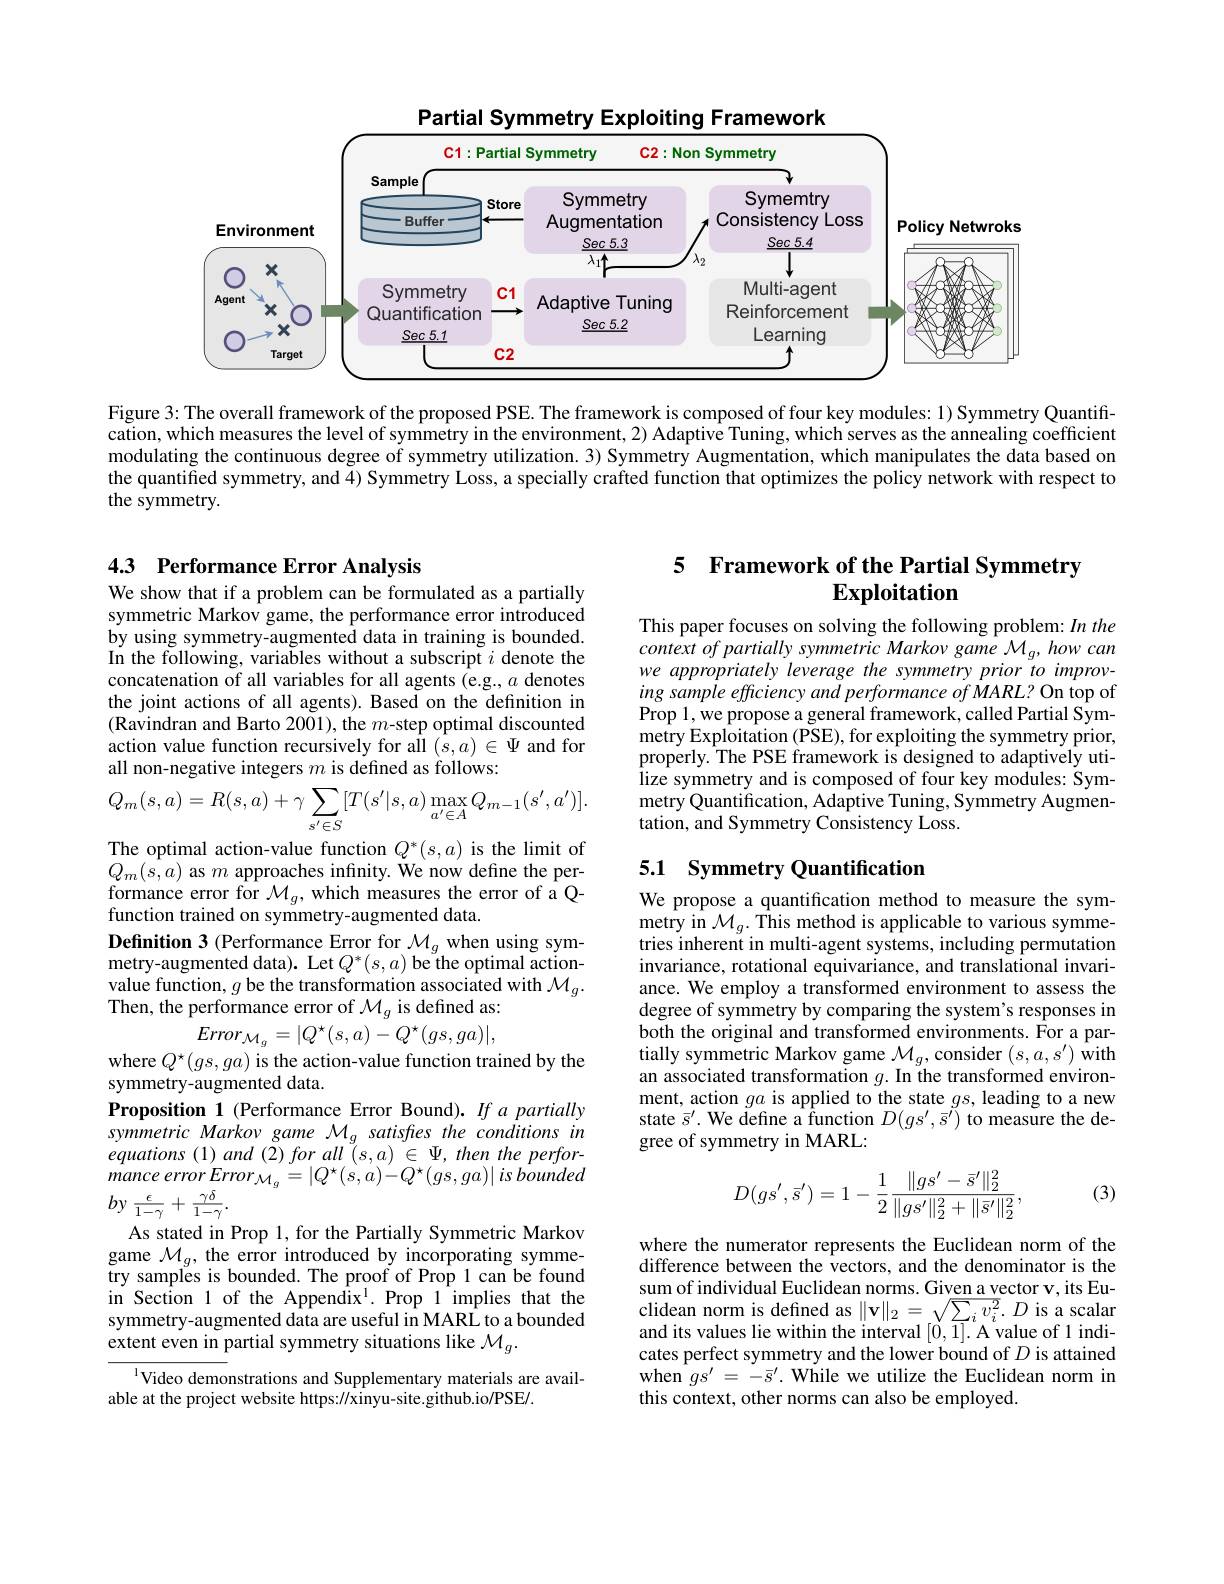
<FigureHere>

Figure 3: The overall framework of the proposed PSE. The framework is composed of four key modules: 1) Symmetry Quantification, which measures the level of symmetry in the environment, 2) Adaptive Tuning, which serves as the annealing coefficient modulating the continuous degree of symmetry utilization. 3) Symmetry Augmentation, which manipulates the data based on the quantified symmetry, and 4) Symmetry Loss, a specially crafted function that optimizes the policy network with respect to the symmetry.

### 4.3 Performance Error Analysis

# 5 Framework of the Partial Symmetry $\mathbf{Exploitation}$

We show that if a problem can be formulated as a partially symmetric Markov game, the p by using symmetry-augmented data in training is bounded. In the following, variables concatenation of all variables for all agents (e.g., $a$ denotes the joint actions of all age (Ravindran and Barto 2001 action value function recursively for all $(s,a)\in\Psi$ and for all non-negative integers $m$

This paper focuses on solving the following problem: In the context of partially symmetric Markov game $\mathcal{M}_g,how$ can we appropriately leverage the symmetry prior to improving sample efficiency and performance of MARL? On top of Prop 1, we propose a general metry Exploitation (PSE), for exploiting the symmetry prior, properly. The PSE framework lize symmetry and is composed of four key modules: Symmetry Quantification, Adaptive Tuning, Symmetry Augmentation, and Symmetry Consistency Loss.
$$Q_{m}(s,a)=R(s,a)+\gamma\sum_{s'\in S}[T(s'|s,a)\max_{a'\in A}Q_{m-1}(s',a')].$$
## 5.1 Symmetry Quantification

The optimal action-value fun $Q_{m}(s,a)$ as $m$ approach formance error for $\mathcal{M}_g$,which measures the error of a Qfunction trained on symmetry-augmented data.
Definition 3 (Performance Er $\operatorname*{metry-augmented}$data). Let$Q^*(s,a)$ be the optimal actionvalue function, $g$ be the t Then, the performance error of $\mathcal{M}_g$ is defined as:

We propose a quantification ${\mathrm{metry~in~}\mathcal{M}_{g}.}{\mathrm{This~method~is~applicable~to~various~symme-}}$ tries inherent in multi-agen invariance, rotational equivariance, and translational invariance. We employ a transforme degree of symmetry by comparing the system's responses in both the original and transf tially symmetric Markov game $\mathcal{M}_g$, consider $(s,a,s^{\prime})$ with an associated transformation $g.$ In the transformed environment, action $ga$ is applied to the state $gs$, leading to a new state $\vec{s}^{\prime}.$ We define a function $D(gs^{\prime},\bar{s}^{\prime})$ to measure the degree of symmetry in MARL:

$Error_{\mathcal{M}_g}=|Q^{\star}(s,a)-Q^{\star}(gs,ga)|$,
where $Q^\star(gs,ga)$ is the action-value function trained by the
$$D(gs',\bar{s}')=1-\frac{1}{2}\frac{\|gs'-\bar{s}'\|_{2}^{2}}{\|gs'\|_{2}^{2}+\|\bar{s}'\|_{2}^{2}},$$
(3)

symmetry-augmented data.
Proposition 1 (Performance Error Bound). If a partially $\begin{array}{l}{symmetric~Markov~game~\mathcal{M}_{g}~satisftes~the~conditions~in}\\{equations~(1)~and~(2)~for~all~(s,a)~\in~\Psi,~then~the~perfor-}\end{array}$ mance error $Error\:_{\mathcal{M} _g}= \left | Q^{\star }( s, a) - Q^{\star }( gs, ga) \right | is$ bounded $by$ $\frac \epsilon {1- \gamma }+$ $\frac {\gamma \delta }{1- \gamma }.$
As stated in Prop 1, for the Partially Symmetric Markov game $\mathcal{M}_g$, the error introduced by incorporating symmetry samples is bounded. The proof of Prop 1 can be found in Section 1 of the Appendix$^{\mathrm{l}}.$ Prop 1 implies that the symmetry-augmented data are useful in MARL to a bounded extent even in partial symmetry situations like $\mathcal{M}_g.$

where the numerator represents the Euclidean norm of the difference between the vectors, and the denominator is the sum of individual Euclidean norms. Given a vector v, its Euclidean norm is defined as $\|\mathbf{v}\|_2=\sqrt{\sum_iv_i^2}.D$ is a scalar and its values lie within the interval $[0,\overline{1}].$ A value of 1 indicates perfect symmetry and the lower bound of $D$ is attained when $gs^{\prime}=-\bar{s}^{\prime}.$ While we utilize the Euclidean norm in this context, other norms can also be employed.

Video demonstrations and Supplementary materials are avail-

able at the project website https://xinyu-site.github.io/PSE/.